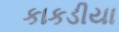
કાકડીયા